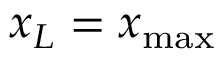
x _ { L } = x _ { \mathrm { m a x } }